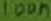
Text: 100n